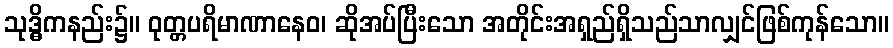
သုဒ္ဓိကနည်း၌။ ဝုတ္တပရိမာဏာနေဝ၊ ဆိုအပ်ပြီးသော အတိုင်းအရှည်ရှိသည်သာလျှင်ဖြစ်ကုန်သော။